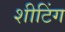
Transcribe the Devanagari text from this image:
शीटिंग